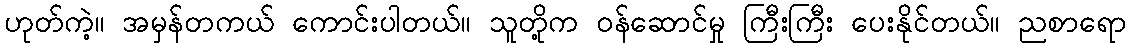
ဟုတ်ကဲ့။ အမှန်တကယ် ကောင်းပါတယ်။ သူတို့က ဝန်ဆောင်မှု ကြီးကြီး ပေးနိုင်တယ်။ ညစာရော